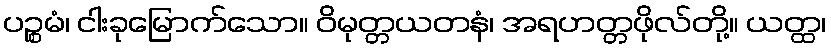
ပဉ္စမံ၊ ငါးခုမြောက်သော။ ဝိမုတ္တယတနံ၊ အရဟတ္တဖိုလ်တို့။ ယတ္ထ၊